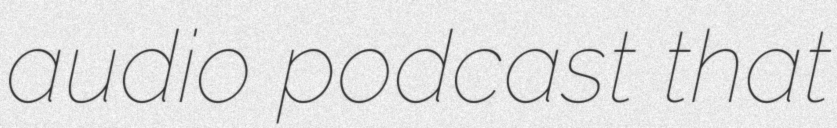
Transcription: audio podcast that